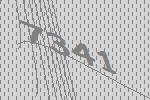
7341